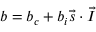
b = b _ { c } + b _ { i } \vec { s } \cdot \vec { I }